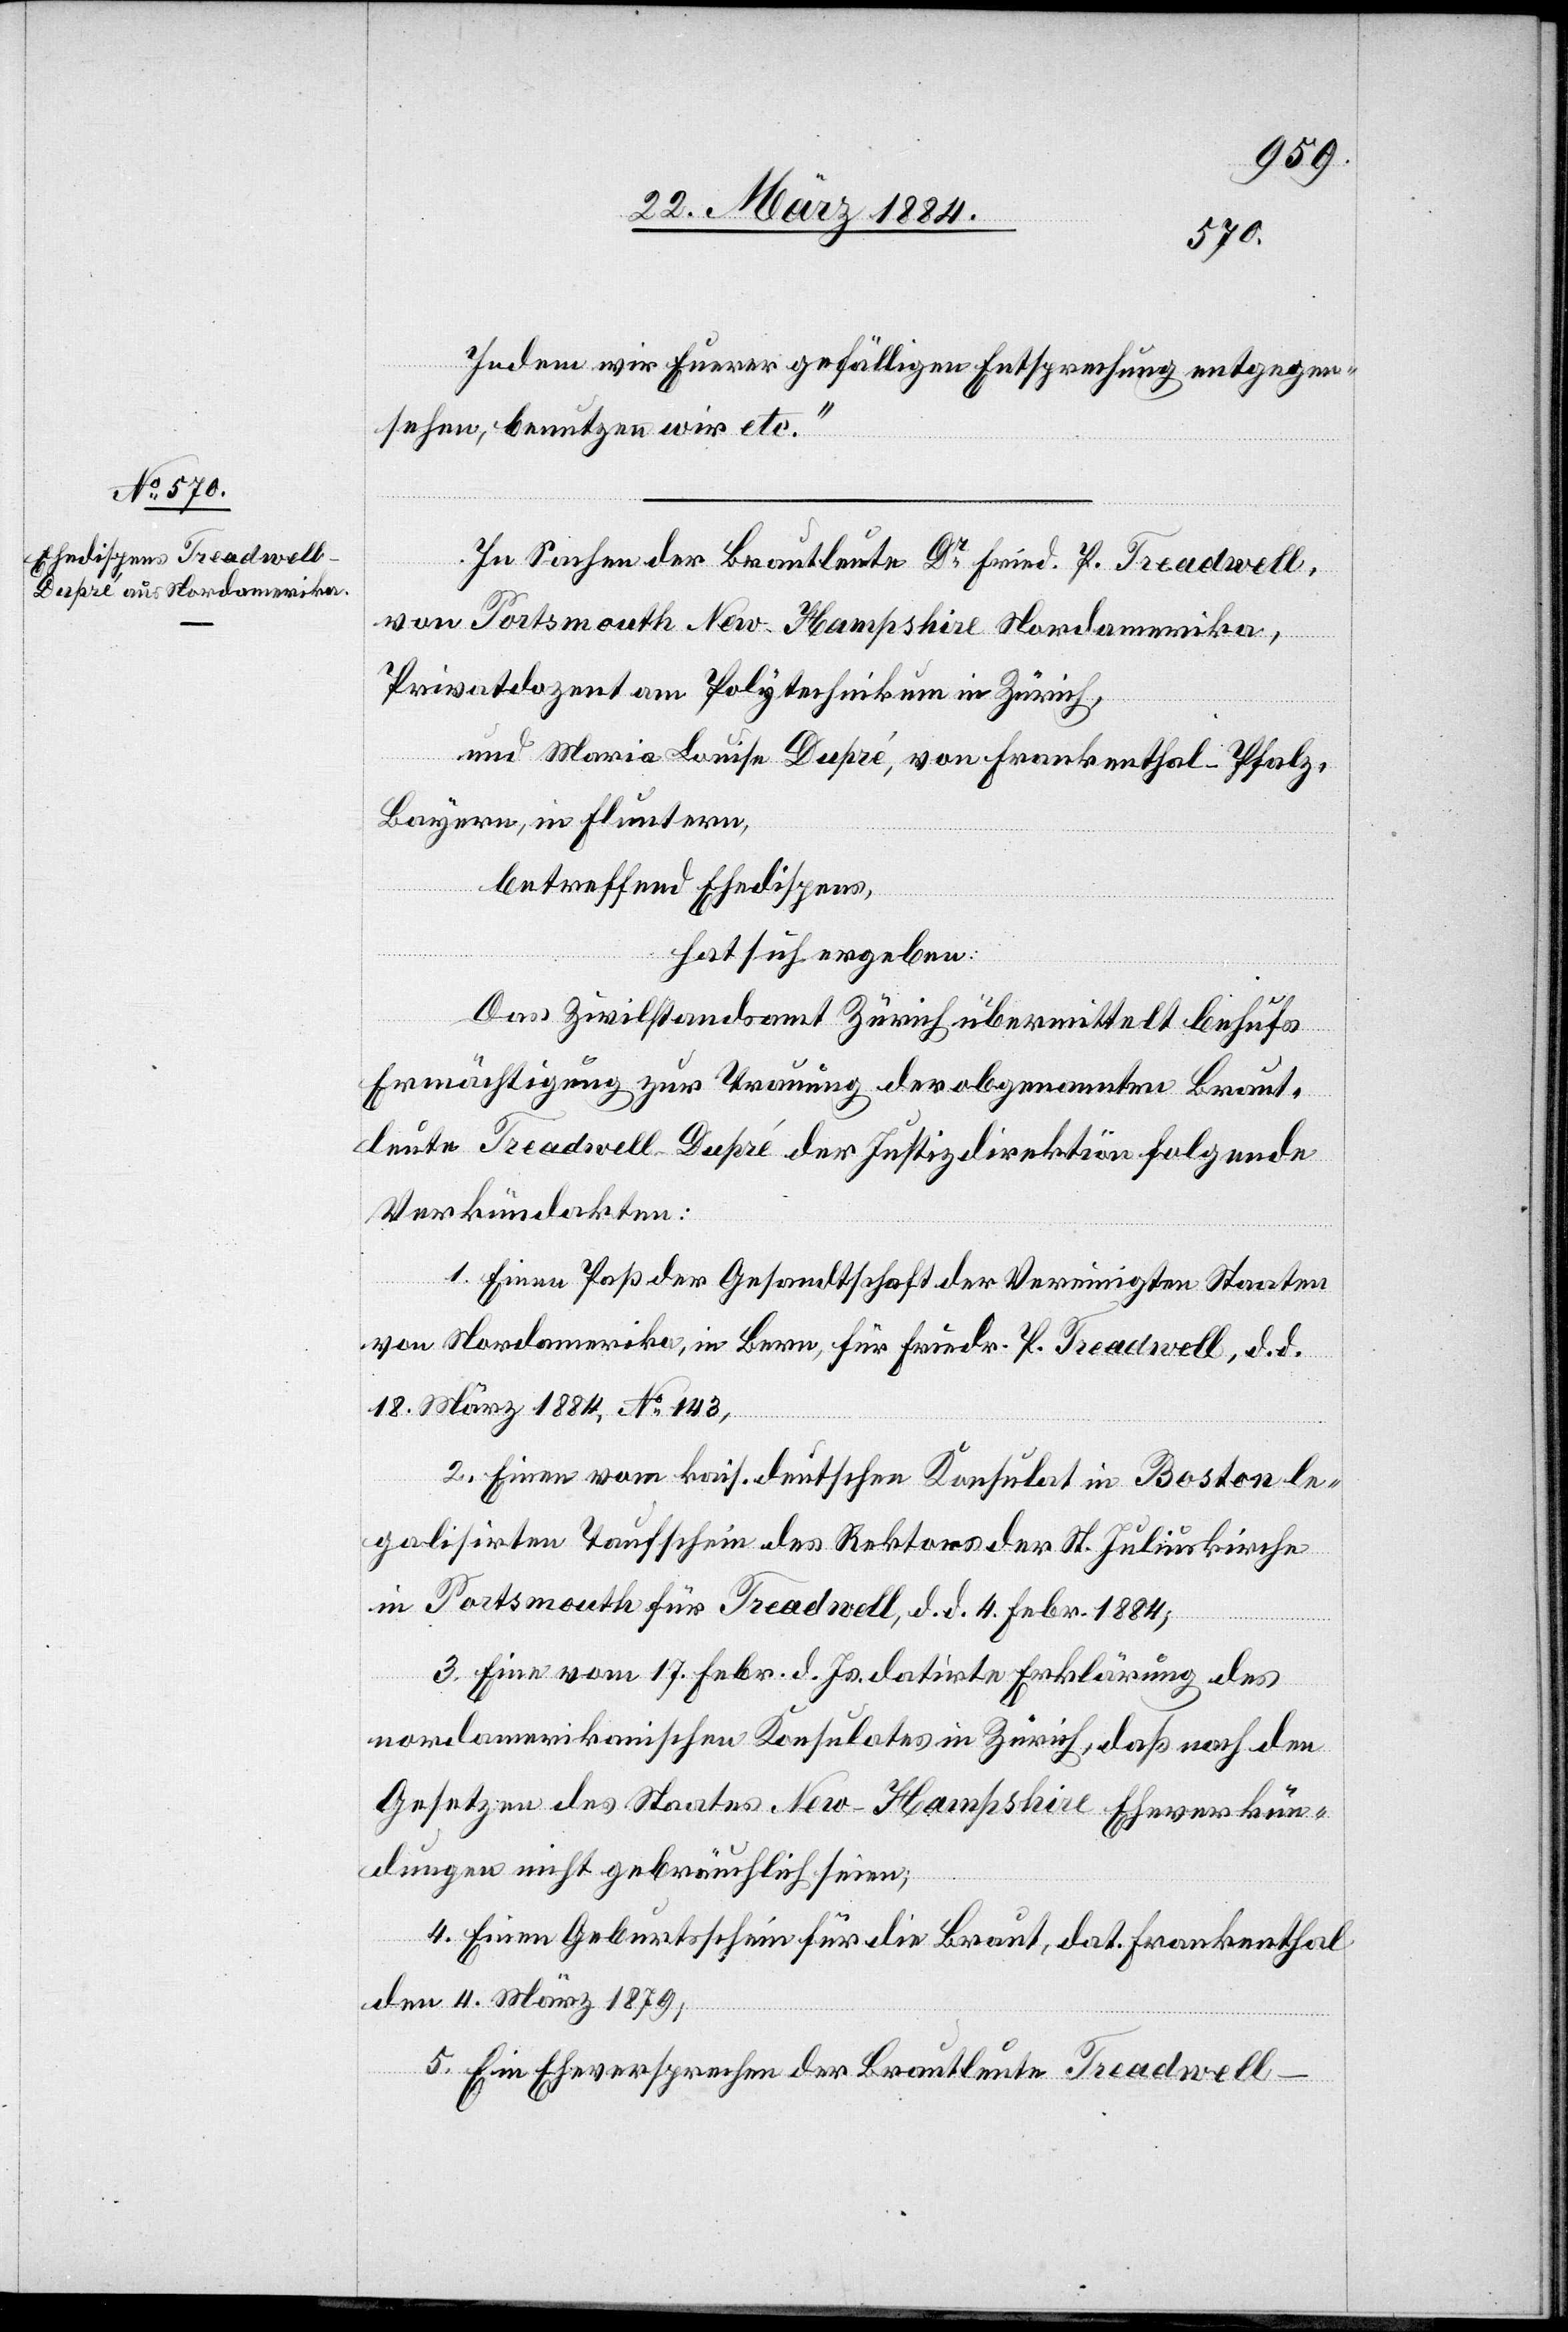
Indem wir Euerer gefälligen Entsprechung entgegen¬
sehen, benutzen wir etc.“
In Sachen der Brautleute Dr Fried. P. Treadwell,
Privatdozent am Polytechnikum in Zürich,
und Maria Louise Dupré, von Frankenthal - Pfalz,
Bayer, in Fluntern,
betreffend Ehedispens,
hat sich ergeben:
Das Zivilstandsamt Zürich übermittelt behufs
Ermächtigung zur Trauung der obgenannten Braut¬
leute Treadwell-Dupré der Justizdirektion folgende
Verkündakten:
1. Einen Paß der Gesandtschaft der Vereinigten Staaten
von Nordamerika, in Bern, für Friedr. P. Treadwell, d. d.
18. März 1884, No 143;
2. Eine vom kais. deutschen Konsulat in Boston le¬
galisirten Taufschein des Rektors der St. Juliuskirche
in Portsmouth für Treadwell, d. d. Febr. 1884;
3. Eine vom 17. Febr. d. Js. datirte Erklärung des
nordamerikanischen Konsulates in Zürich, daß nach den
Gesetzen des Staates New-Hampshire Eheverkün¬
dungen nicht gebräuchlich seien;
4. Einen Geburtsschein für die Braut, dat. Frankenthal
den 4. März 1879;
5. Eine Eheversprechen der Brautleute Treadwell-